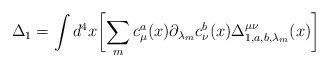
\begin{align*}\Delta_1=\int d^4x\biggl[\sum_{m}c_{\mu}^a(x){{\partial}_{{\lambda}_m}} c_{\nu}^b(x)\Delta_{1,a,b,{\lambda}_m}^{\mu\nu}(x)\biggr]\end{align*}